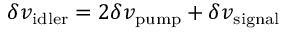
\delta { v _ { \mathrm { i d l e r } } } = 2 \delta { v _ { \mathrm { p u m p } } } + \delta { v _ { \mathrm { s i g n a l } } }